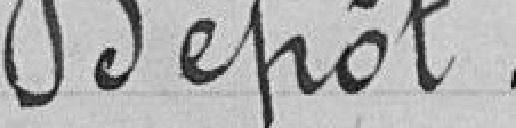
Dépôt.